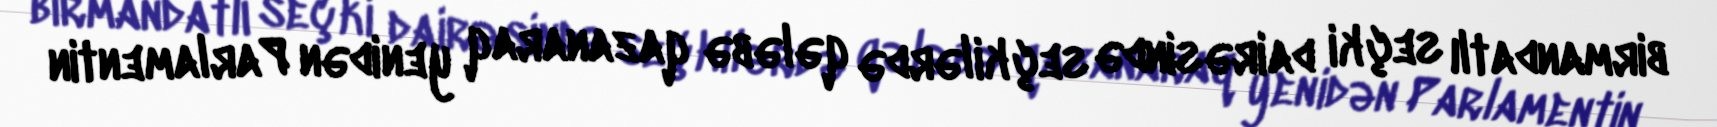
birmandatlı seçki dairəsində seçkilərdə qələbə qazanaraq yenidən Parlamentin